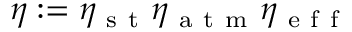
\eta : = \eta _ { \mathrm { ~ s ~ t ~ } } \eta _ { \mathrm { ~ a ~ t ~ m ~ } } \eta _ { \mathrm { ~ e ~ f ~ f ~ } }